Reports on military cantonments and civil stations in the Presidency of Bombay inspected by the Sanitary Commissioner in the years 1875 and 1876
Year: 1875
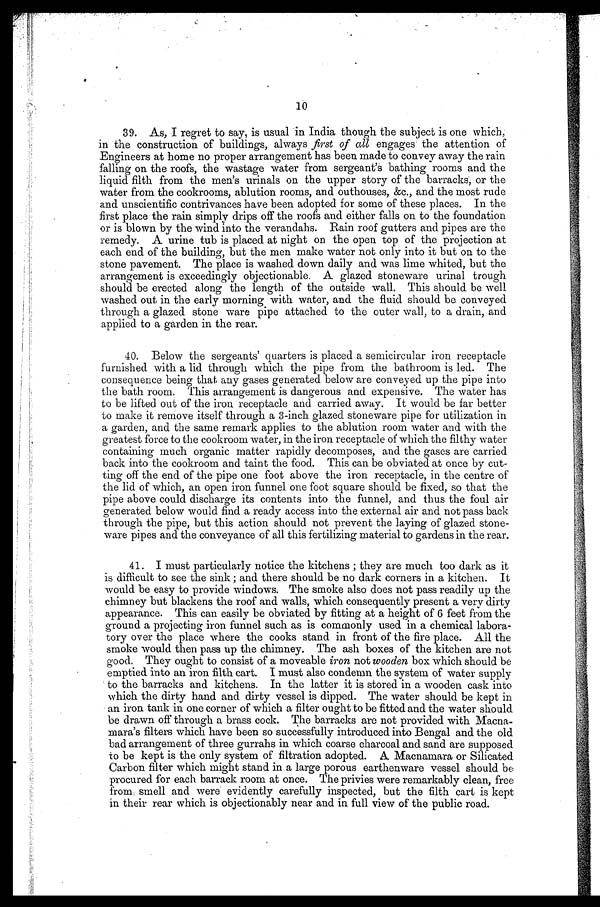
10
39. As, I regret to say, is usual in India though the subject is one which,
in the construction of buildings, always first of all engages the attention of
Engineers at home no proper arrangement has been made to convey away the rain
falling on the roofs, the wastage water from sergeant's bathing rooms and the
liquid filth from the men's urinals on the upper story of the barracks, or the
water from the cookrooms, ablution rooms, and outhouses, &c. and the most rude
and unscientific contrivances have been adopted for some of these places. In the
first place the rain simply drips off the roofs and either falls on to the foundation
or is blown by the wind into the verandahs. Rain roof gutters and pipes are the
remedy. A urine tub is placed at night on the open top of the projection at
each end of the building, but the men make water not only into it but on to the
stone pavement. The place is washed down daily and was lime whited, but the
arrangement is exceedingly objectionable. A glazed stoneware urinal trough
should be erected along the length of the outside wall. This should be well
washed out in the early morning with water, and the fluid should be conveyed
through a glazed stone ware pipe attached to the outer wall, to a drain, and
applied to a garden in the rear.
40. Below the sergeants' quarters is placed a semicircular iron receptacle
furnished with a lid through which the pipe from the bathroom is led. The
consequence being that any gases generated below are conveyed up the pipe into
the bath room. This arrangement is dangerous and expensive. The water has
to be lifted out of the iron receptacle and carried away. It would be far better
to make it remove itself through a 3-inch glazed stoneware pipe for utilization in
a garden, and the same remark applies to the ablution room water and with the
greatest force to the cookroom water, in the iron receptacle of which the filthy water
containin much organic matter rapidly decomposes, and the gases are carried
back into thecookroom and taint the food. This can be obviated at once by cut
- t i n g o f f t h e e n d o f t h e p i p e o n e f o o t a b o v e t h e i r o n r e c e p t a c l e , i n t h e c e n t r e o f
the lid of which, an open iron funnel one foot square should be fixed, so that the
pipe above could discharge its contents into the funnel, and thus the foul air
generated below would find a ready access into the external air and not pass back
through the pipe, but this action should not prevent the laying of glazed stone-
ware pipes and the conveyance of all this fertilizing material to gardens in the rear.
41. I must particularly notice the kitchens ; they are much too dark as it
is difficult to see the sink ; and there should be no dark corners in a kitchen. It
would be easy to provide windows. The smoke also does not pass readily up the
chimney but blackens the roof and walls, which consequently present a very dirty
appearance. This can easily be obviated by fitting at a height of 6 feet from the
ground a projecting iron funnel such as is commonly used in a chemical labora
- t o r y o v e r t h e p l a c e w h e r e t h e c o o k s s t a n d i n f r o n t o f t h e f i r e p l a c e . A l l t h e
smoke would then pass up the chimney. The ash boxes of the kitchen are not
good. They ought to consist of a moveable iron not wooden box which should be
emptied into an iron filth cart. I must also condemn the system of water supply
to the barracks and kitchens. In the latter it is stored in a wooden cask into
which the dirty hand and dirty vessel is dipped. The water should be kept in
an iron tank in one corner of which a filter ought to be fitted and the water should
be drawn off through a brass cock. The barracks are not provided with Macna
- m a r a ' s f i l t e r s w h i c h h a v e b e e n s o s u c c e s s f u l l y i n t r o d u c e d i n t o B e n g a l a n d t h e o l d
bad arrangement of three gurrahs in which coarse charcoal and sand are supposed
to be kept is the only system of filtration adopted. A Macnamara or Silicated
Carbon filter which might stand in a large porous earthenware vessel should be
procured for each barrack room at once. The privies were remarkably clean, free
from smell and were evidently carefully inspected, but the filth cart is kept
in their rear which is objectionably near and in full view of the public road.